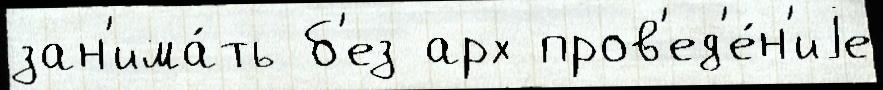
зан'има́ть б'ез арх пров'ед'е́н'иjе